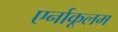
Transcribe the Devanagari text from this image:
एर्नाकूलम